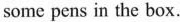
some pens in the box.